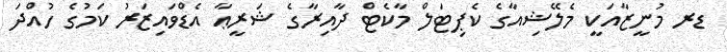
ޑރ މުނީޒާއަކީ މެލޭޝިއާގެ ކެޕިޓަލް މާކެޓް ދާއިރާގެ ޝަރީޢާ އެޑްވައިޒަރު ކަމުގެ ހުއްދަ